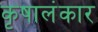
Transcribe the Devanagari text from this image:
कृषालंकार